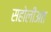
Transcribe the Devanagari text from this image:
सहोलीअत